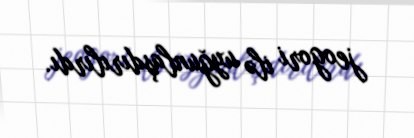
jeogori ilə uyğunlaşdırılırdı.